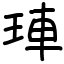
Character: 𤥭